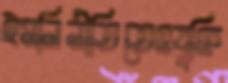
ইমলিনীতিতেওযুক্তি